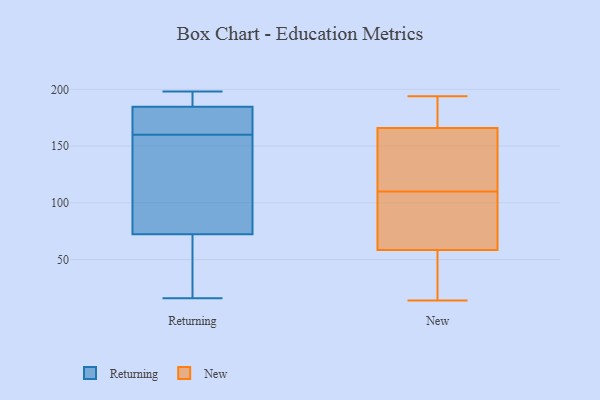
{"axis": {"x": "Website Visitors", "y": "Value"}, "legend": ["New", "Returning"], "data": [{"x": "", "y": 16, "type": "Returning"}, {"x": "", "y": 169, "type": "Returning"}, {"x": "", "y": 81, "type": "Returning"}, {"x": "", "y": 75, "type": "Returning"}, {"x": "", "y": 160, "type": "Returning"}, {"x": "", "y": 74, "type": "Returning"}, {"x": "", "y": 183, "type": "Returning"}, {"x": "", "y": 190, "type": "Returning"}, {"x": "", "y": 67, "type": "Returning"}, {"x": "", "y": 198, "type": "Returning"}, {"x": "", "y": 44, "type": "Returning"}, {"x": "", "y": 164, "type": "Returning"}, {"x": "", "y": 197, "type": "Returning"}, {"x": "", "y": 23, "type": "New"}, {"x": "", "y": 194, "type": "New"}, {"x": "", "y": 147, "type": "New"}, {"x": "", "y": 21, "type": "New"}, {"x": "", "y": 166, "type": "New"}, {"x": "", "y": 88, "type": "New"}, {"x": "", "y": 50, "type": "New"}, {"x": "", "y": 110, "type": "New"}, {"x": "", "y": 188, "type": "New"}, {"x": "", "y": 36, "type": "New"}, {"x": "", "y": 84, "type": "New"}, {"x": "", "y": 150, "type": "New"}, {"x": "", "y": 182, "type": "New"}, {"x": "", "y": 103, "type": "New"}, {"x": "", "y": 14, "type": "New"}, {"x": "", "y": 88, "type": "New"}, {"x": "", "y": 190, "type": "New"}, {"x": "", "y": 122, "type": "New"}, {"x": "", "y": 166, "type": "New"}]}